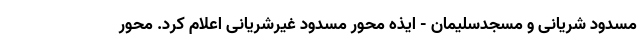
مسدود شریانی و مسجدسلیمان - ایذه محور مسدود غیرشریانی اعلام کرد. محور